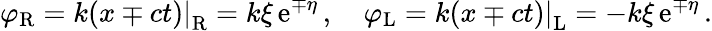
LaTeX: \varphi_{\mathrm{R}}=\left.k(x\mp ct)\right|_{\mathrm{R}}=k\xi\, \mathrm{e}^{\mp\eta}\, ,\quad\varphi_{\mathrm{L}}=\left.k(x\mp ct)\right|_{\mathrm{L}}=-k\xi\, \mathrm{e}^{\mp\eta}\, .